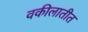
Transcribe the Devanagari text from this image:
वकीलातीत